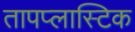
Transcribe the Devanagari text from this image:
तापप्लास्टिक